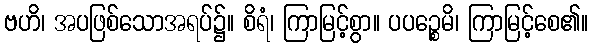
ဗဟိ၊ အပဖြစ်သောအရပ်၌။ စိရံ၊ ကြာမြင့်စွာ။ ပပဉ္စေမိ၊ ကြာမြင့်စေ၏။